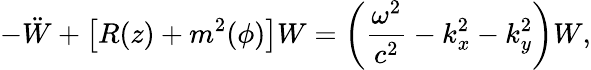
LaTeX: -\ddot{W}+\left[R(z)+m^{2}(\phi)\right]W=\left(\frac{\omega^{2}}{c^{2}}-k_{x}^{2}-k_{y}^{2}\right)W,